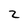
Character: 2